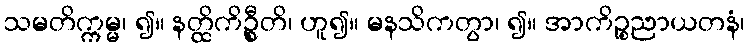
သမတိက္ကမ္မ၊ ၍။ နတ္ထိကိဦ္စတိ၊ ဟူ၍။ မနသိကတွာ၊ ၍။ အာကိဉ္စညာယတနံ၊